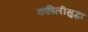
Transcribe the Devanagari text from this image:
वकीलीसुद्धा